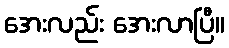
အေးလည်း အေးလာပြီ။